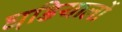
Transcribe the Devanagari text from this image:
घडि़यालों